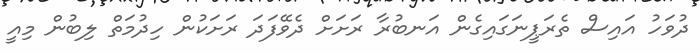
ދުވަހު އައިސް ތެރަޕީނަގައިގެން އަނބުރާ ރަށަށް ދެވޭފަދަ ރަށަކުން ހިދުމަތް ލިބުން މިއީ